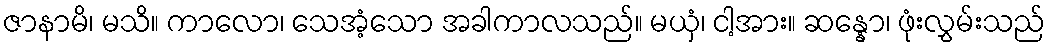
ဇာနာမိ၊ မသိ။ ကာလော၊ သေအံ့သော အခါကာလသည်။ မယှံ၊ ငါ့အား။ ဆန္နော၊ ဖုံးလွှမ်းသည်